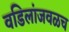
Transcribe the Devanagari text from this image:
वडिलांजवळच